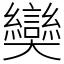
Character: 奱